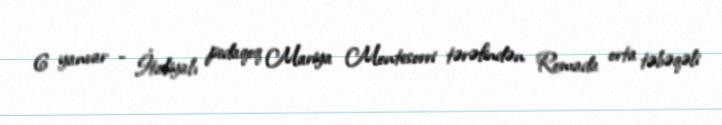
6 yanvar - İtaliyalı pedaqoq Mariya Montesorri tərəfindən Romada orta təbəqəli